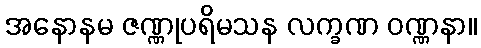
အနောနမ ဇဏ္ဏုပရိမသန လက္ခဏ ဝဏ္ဏနာ။